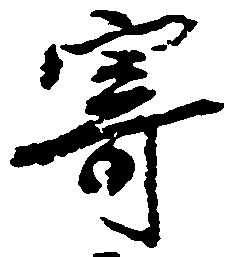
寄